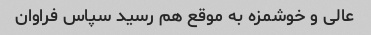
عالی و خوشمزه به موقع هم رسید سپاس فراوان